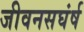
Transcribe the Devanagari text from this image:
जीवनसघंर्ष